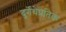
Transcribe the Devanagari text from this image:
दुर्गेचेप्रतिक